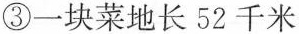
③一块菜地长52千米